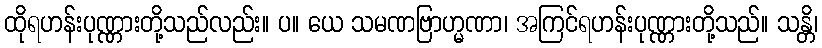
ထိုရဟန်းပုဏ္ဏားတို့သည်လည်း။ ပ။ ယေ သမဏဗြာဟ္မဏာ၊ အကြင်ရဟန်းပုဏ္ဏားတို့သည်။ သန္တိ၊